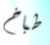
طباخ